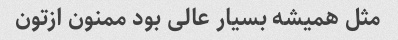
مثل همیشه بسیار عالی بود ممنون ازتون